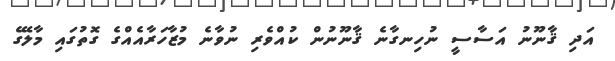
އަދި ޤާނޫނު އަސާސީ ނުހިނގާނެ ޤާނޫނުން ކުއްވެރި ނުވާނެ މުޒާހަރާއެއްގެ ގޮތުގައި މާލޭގެ